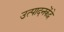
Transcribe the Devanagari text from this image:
उत्पादनकेंद्रे